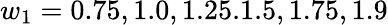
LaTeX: w_{1}=0.75,1.0,1.25.1.5,1.75,1.9